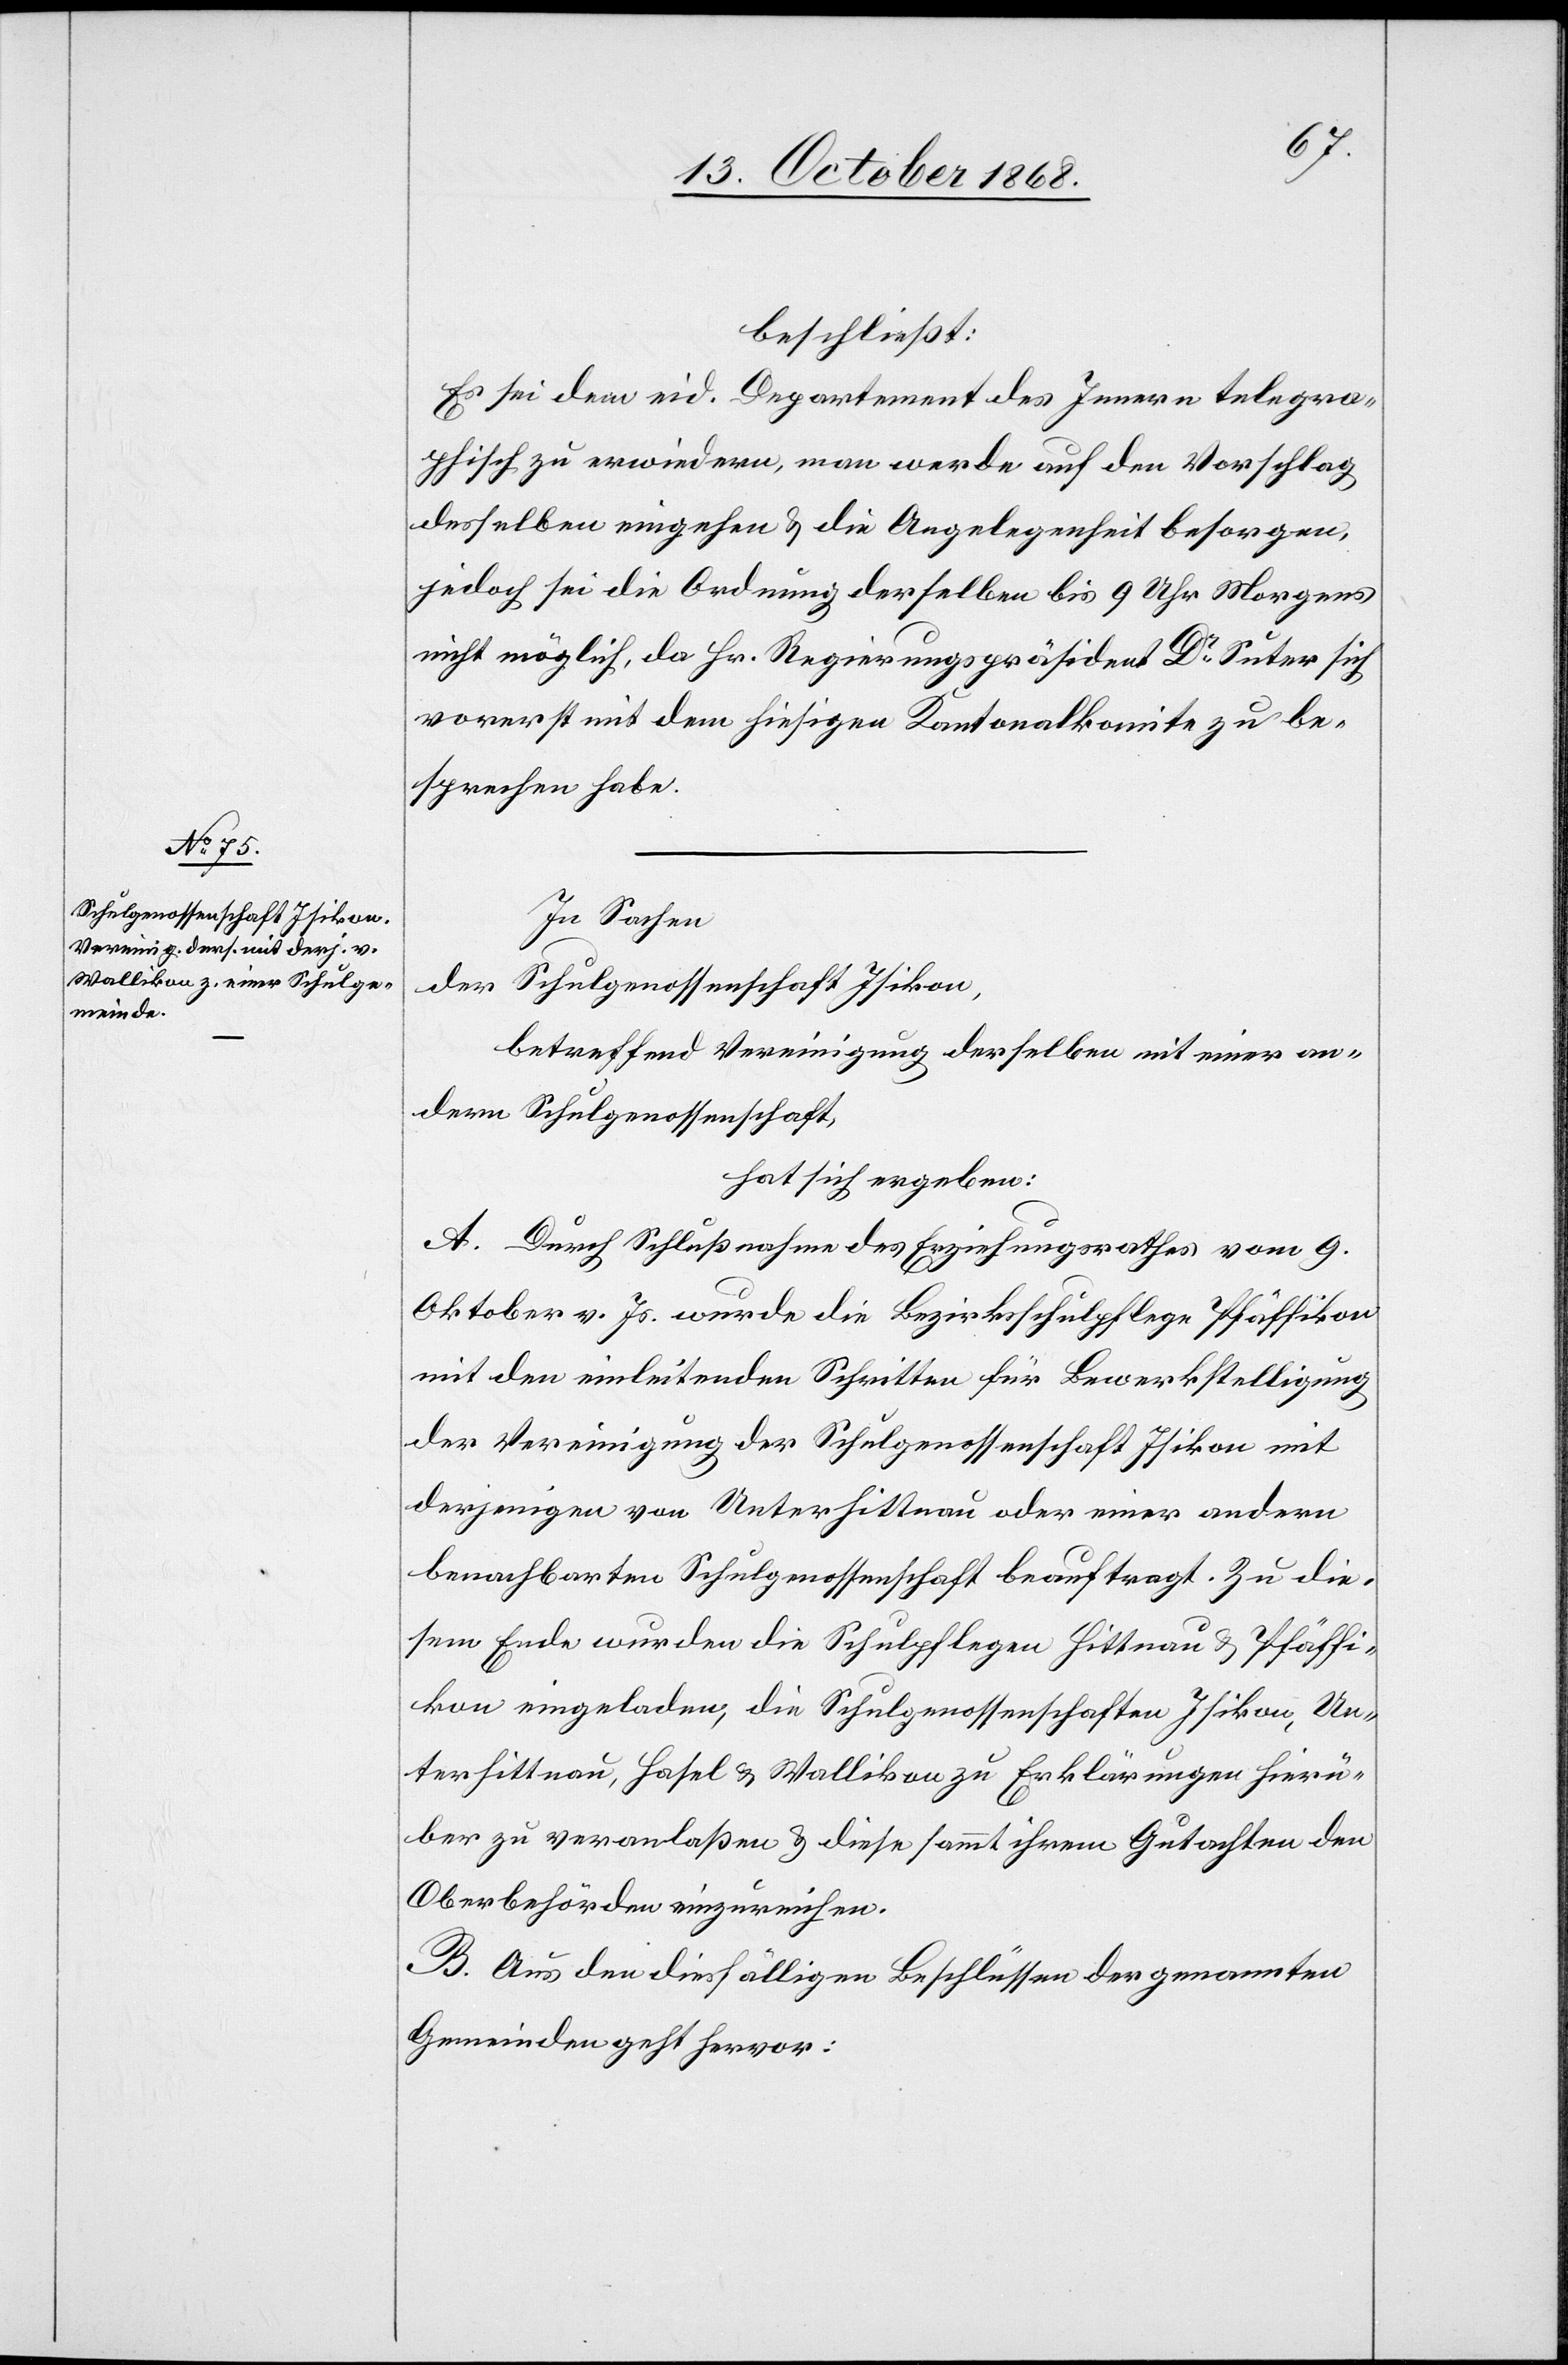
beschließt:
Es sei dem eid. Departement des Innern telegra¬
phisch zu erwiedern, man werde auf den Vorschlag
desselben eingehen & die Angelegenheit besorgen,
jedoch sei die Ordnung derselben bis 9 Uhr Morgens
nicht möglich, da Hr. Regierungspräsident Dr Suter sich
vorerst mit dem hiesigen Kantonalkomite zu be¬
sprechen habe.
In Sachen
der
Schulgenossenschaft Isikon,
betreffend Vereinigung derselben mit einer an¬
dern Schulgenossenschaft,
hat sich ergeben:
A. Durch Schlußnahme des Erziehungsrathes vom 9.
Oktober v. Js. wurde die Bezirksschulpflege Pfäffikon
mit den einleitenden Schritten für Bewerkstelligung
der Vereinigung der Schulgenossenschaft Isikon mit
derjenigen von Unterhittnau oder einer andern
benachbarten Schulgenossenschaft beauftragt. Zu die¬
sem Ende wurden die Schulpflegen Hittnau & Pfäffi¬
kon eingeladen, die Schulgenossenschaften Isikon, Un¬
terhittnau, Hasel & Wallikon zu Erklärungen hierü¬
ber zu veranlaßen & diese sammt ihrem Gutachten den
Oberbehörden einzureichen.
B. Aus den diesfälligen Beschlüssen der genannten
Gemeinden geht hervor: